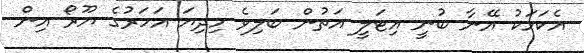
އެކަމަކު އޭނާ ބުނީ އިޓަލީ އަތުން ބަލިވެ މިދިޔަ އަހަރުގެ ޔޫރޯ އިން